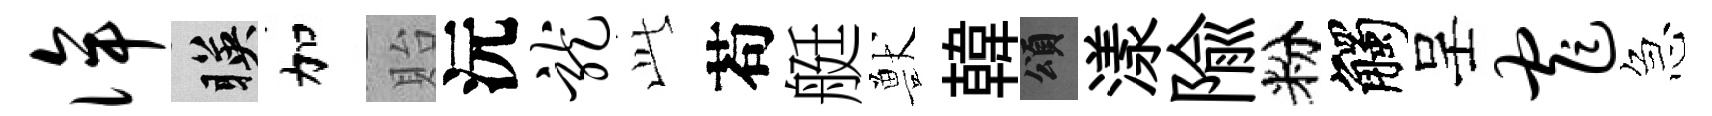
侔暎加貽沅龙𬼘苟艇獸韓頌漾隃粉觸呈窄急